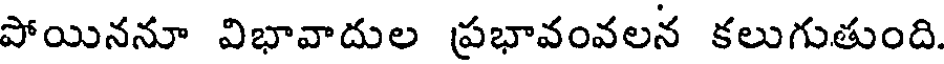
పోయిననూ విభావాదుల ప్రభావంవలన కలుగుతుంది.